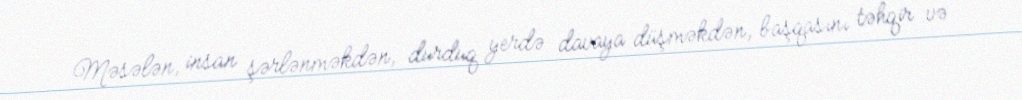
Məsələn, insan şərlənməkdən, durduq yerdə davaya düşməkdən, başqasını təhqir və